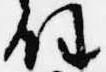
任